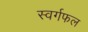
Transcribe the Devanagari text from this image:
स्वर्गफल